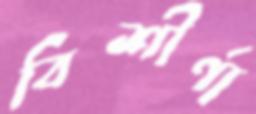
বিশীর্ণা